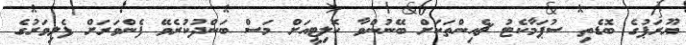
ޔޫރަޕުގެ ބޮޑެތި ސުޕަމާކެޓު ޗެއިންތަކަށް ބޭނުންވާ ކޮލިޓީއަށް މަސް ބަންދުކުރެވޭ ފެންވަރަށް ފެލިވަރުގެ